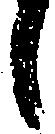
候